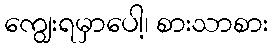
ကျွေးရမှာပေါ့၊ စားသာစား